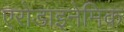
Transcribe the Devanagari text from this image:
एरोडाइनेमिक